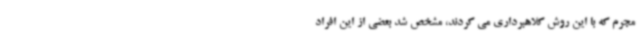
مجرم که با این روش کلاهبرداری می کردند، مشخص شد بعضی از این افراد